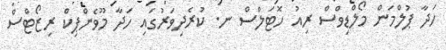
ހަދާ ޕުލްމަން މޯލްޑިވްސް ރިއު ހޮޓަލްސް ނ. ކުރެދިވަރުގައި ހަދާ މޫވެންޕިކް ރިޒޯޓްސް